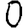
Digit: 0